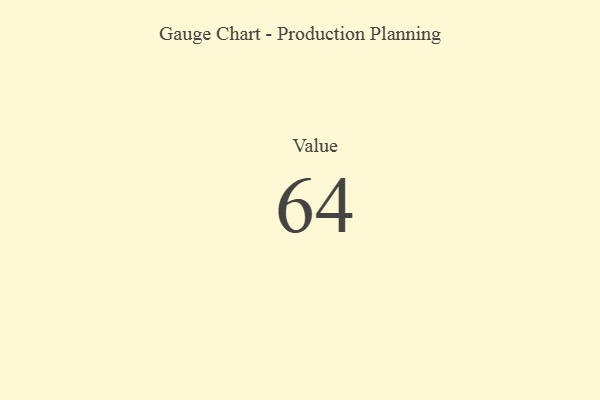
{"axis": {"x": "Metric", "y": "Value"}, "legend": [""], "data": [{"x": "Value", "y": 64, "type": ""}]}